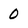
Character: 0